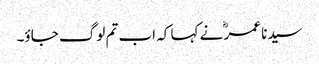
سیدنا عمرؓ نے کہا کہ اب تم لوگ جاؤ۔